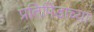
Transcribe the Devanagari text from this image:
प्रतिपिंडाच्या